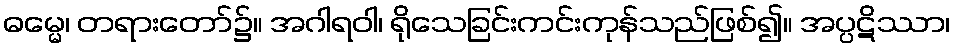
ဓမ္မေ၊ တရားတော်၌။ အဂါရဝါ၊ ရိုသေခြင်းကင်းကုန်သည်ဖြစ်၍။ အပ္ပဋိဿာ၊